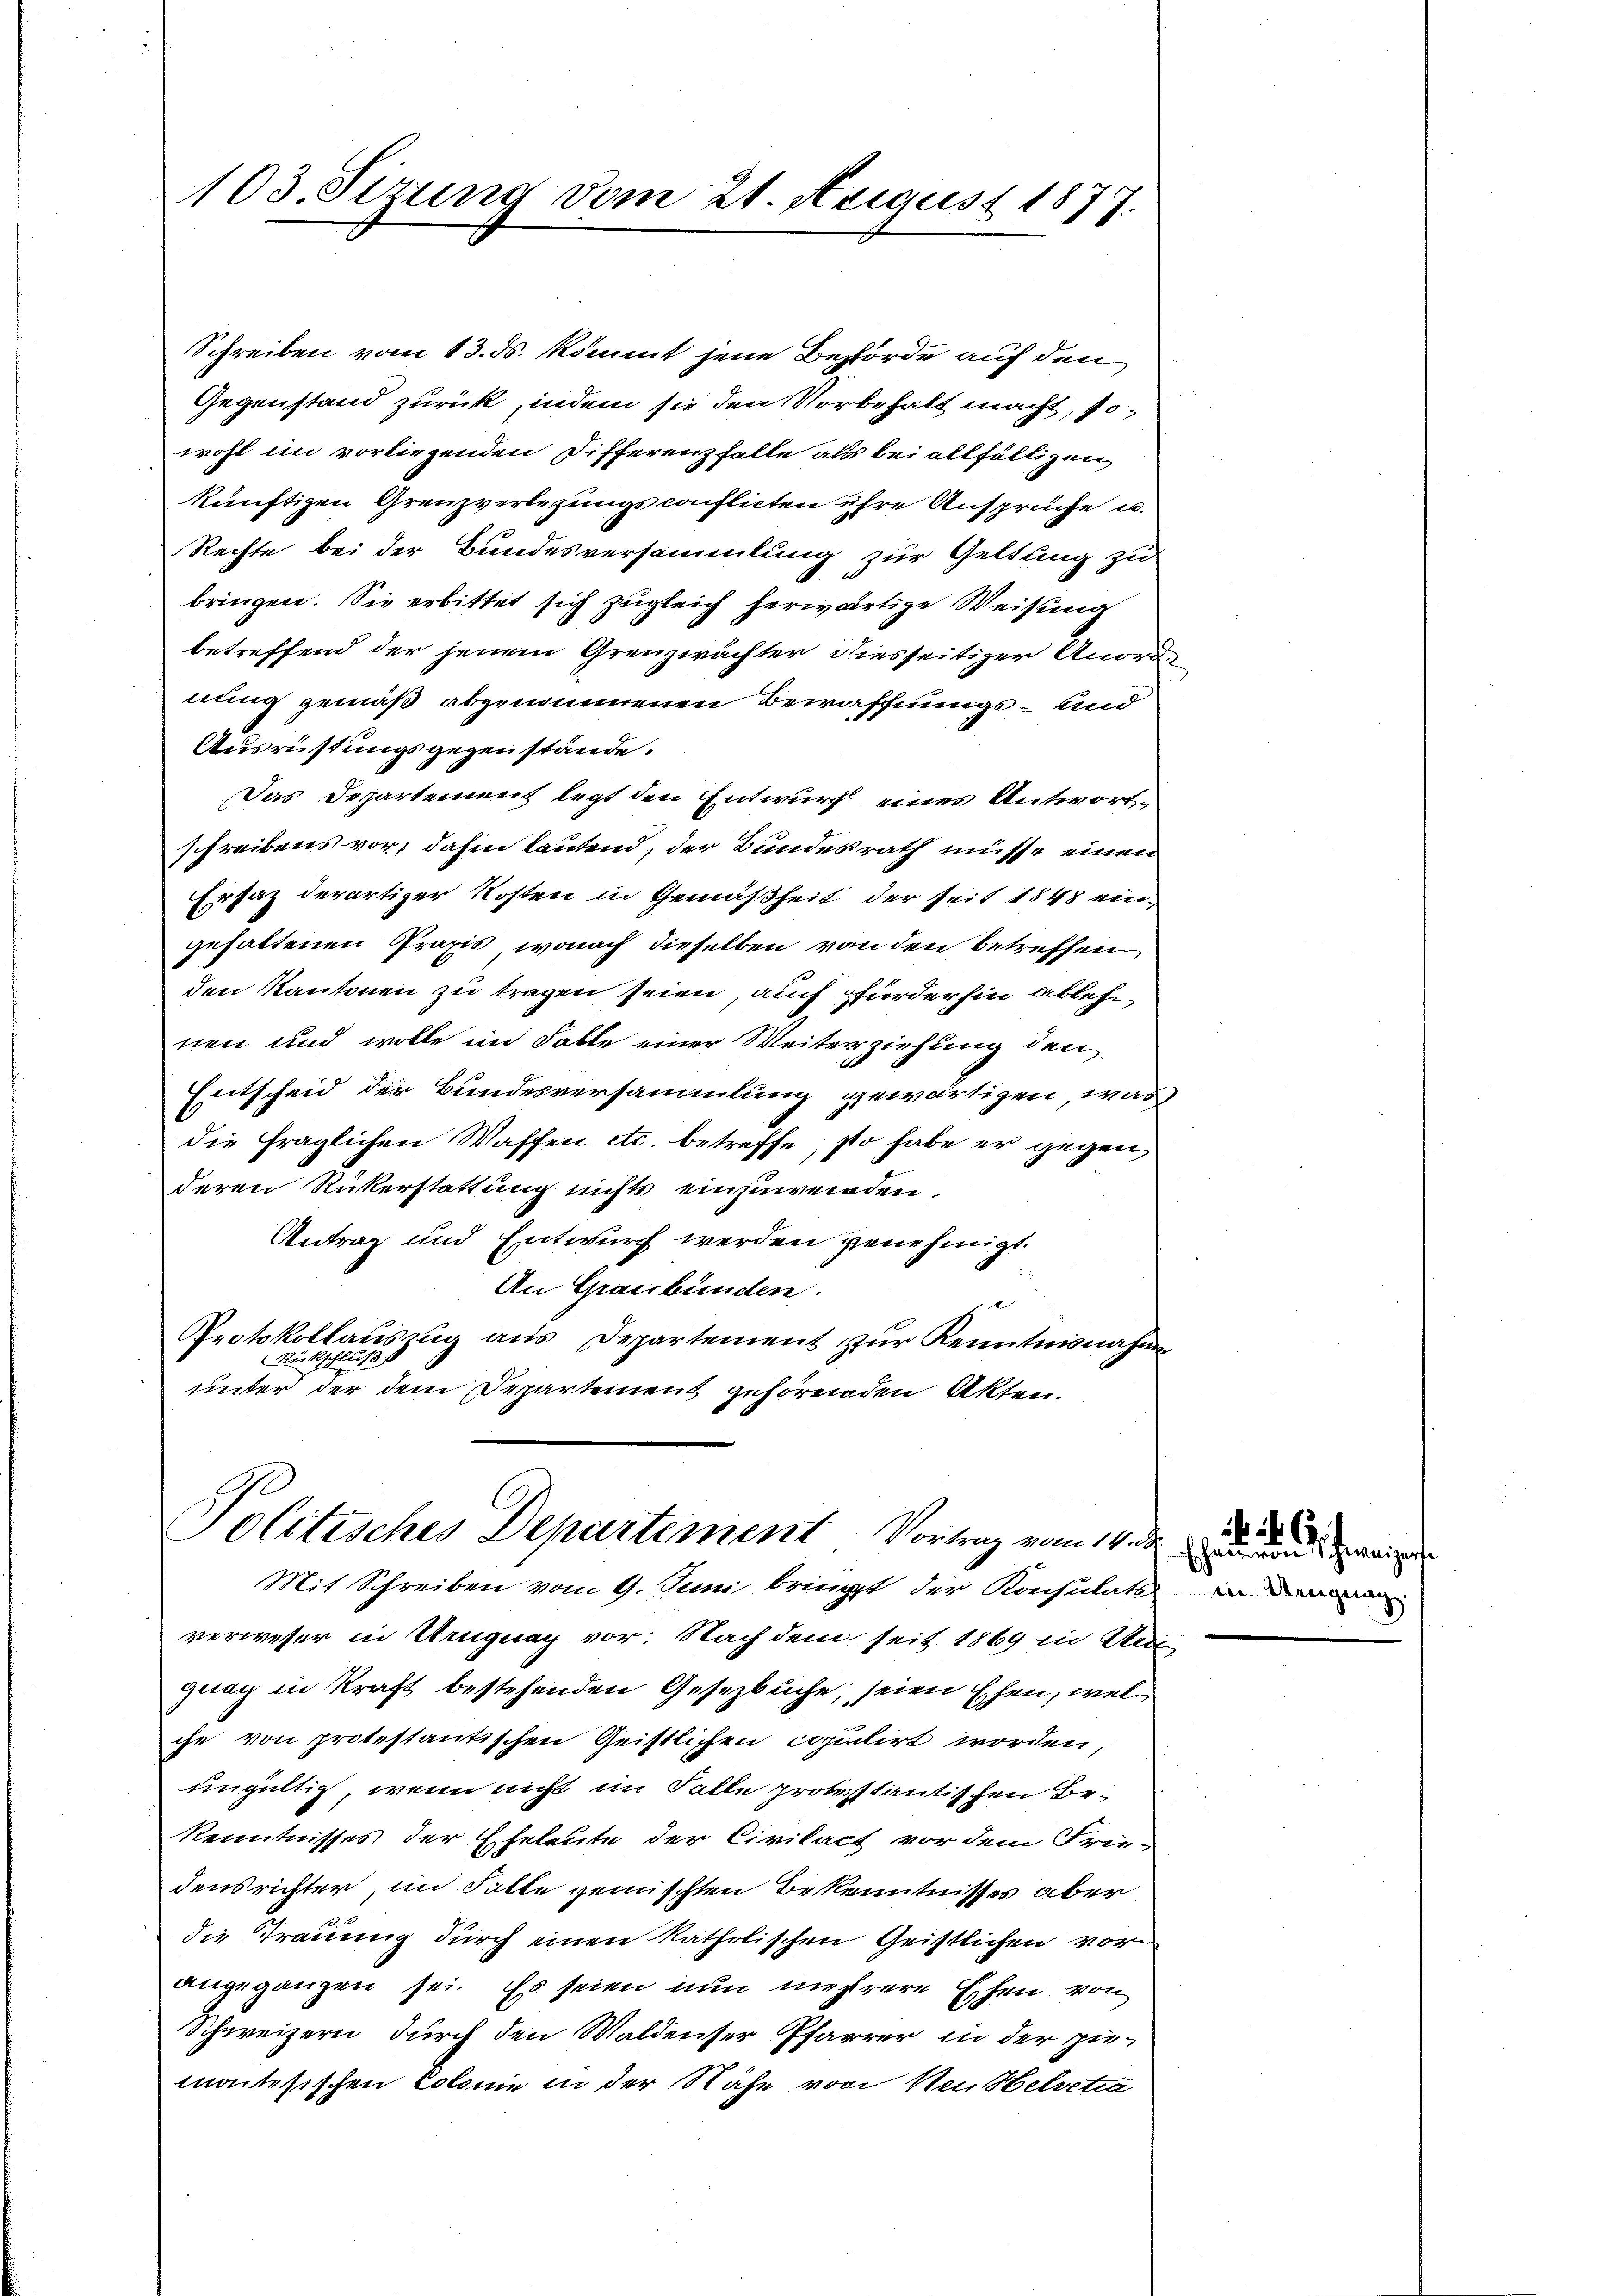
Schreiben vom 13. ds. kommt jene Behörde auf den
Gegenstand zurück, indem sie den Vorbehalt macht, sowohl im vorliegenden Differenzfälle als bei allfälligen
künftigen Grenzverlegungsconflicten ihre Ansprüche u.
Rechte bei der Bundesversammlung zur Geltung zu
bringen. Sie erbittet sich zugleich herwärtige Weisung
betreffend der jenem Grenzwächter diesseitiger Anord-
nung gemäß abgenommenen Bewaffnungs- und
Ausrüstungsgegenstände.
Das Departement legt den Entwurf eines Antwort,
schreibens vor, dahin lautend, der Bundesrath müsse einen
Ersatz derartiger Kosten in Gemäßheit der seit 1848 eingehaltenen Praxis, wonach dieselben von den betreffen
den Kantonen zu tragen seien, auch fürderhin ablehn
nen und wolle im Falle einer Weiterziehung den
Entscheid der Bundesversammlung gewärtigen, was
die fraglichen Waffen etc. betreffe, so habe er gegen
deren Rükerstattung nichts einzuwenden.
Antrag und Entwurf werden genehmigt.
An Graubünden.
Protokollauszug aus Departement zur Kenntnisnahme
Rückschluß
unter der dem Departement gehörenden Akten.

103. Sizung vom 21. August 1877.

Politisches Departement Vortrag vom 14. d.
Mit Schreiben vom 9. Juni bringt der Konsulats in

verweser in Uruguag vor. Nach dem seit 1869 in Krei
guag in Kraft bestehenden Gesetzbuche, seien Ehen, wel
che von protestantischen Geistlichen copulirt worden,
ungültig, wenn nicht im Falle protestantischen Be¬
Kenntnisses der Eheleute der Civilact vor dem Frei-
densrichter, im Falle gemischten Bekenntnisses aber
20
die Trauung durch einen katholischen Geistlichen vor
angegangen sei. Es seien nun mehrere Ehen, von
Schweizern durch den Waldenser Pfarrer in der ziemaitesischen Colonie in der Nähe von Neubelvetia